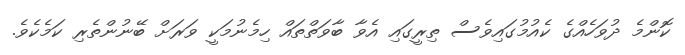
ކޮންމެ ދުވަހެއްގެ ކެއުމުގައިވެސް ތިރީގައި އެވާ ބާވަތްތައް ހިމެނުމަކީ ވަރަށް ބޭނުންތެރި ކަމެކެވެ.